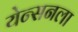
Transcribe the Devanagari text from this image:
येन्सनला